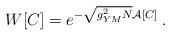
LaTeX: \begin{align*}W[C]=e^{-\sqrt{{g^{2}_{YM}N}}\mathcal{A}[C]}\: .\end{align*}